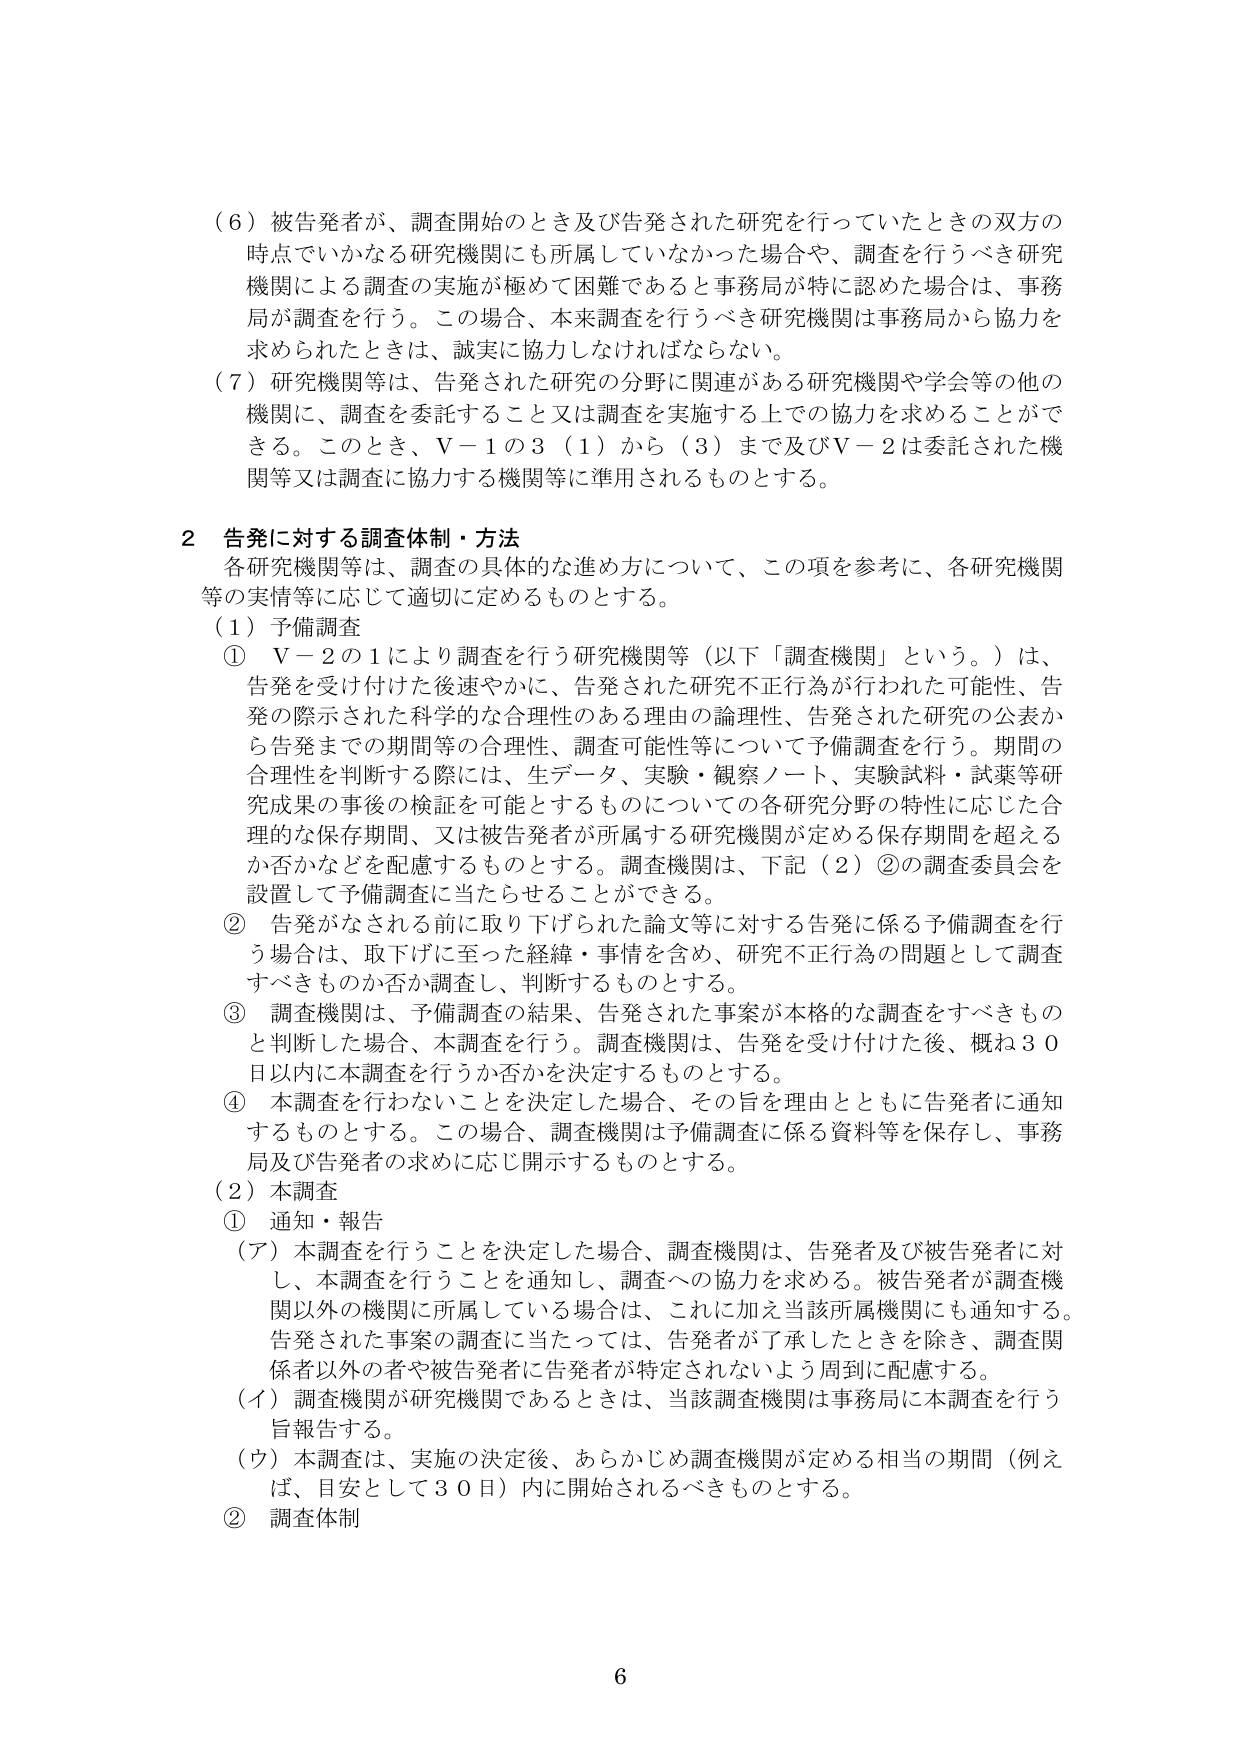
（６）被告発者が、調査開始のとき及び告発された研究を行っていたときの双方の時点でいかなる研究機関にも所属していなかった場合や、調査を行うべき研究機関による調査の実施が極めて困難であると事務局が特に認めた場合は、事務局が調査を行う。この場合、本来調査を行うべき研究機関は事務局から協力を求められたときは、誠実に協力しなければならない。

（７）研究機関等は、告発された研究の分野に関連がある研究機関や学会等の他の機関に、調査を委託すること又は調査を実施する上での協力を求めることができる。このとき、Ｖ－１の３（１）から（３）まで及びＶ－２は委託された機関等又は調査に協力する機関等に準用されるものとする。

２ 告発に対する調査体制・方法
各研究機関等は、調査の具体的な進め方について、この項を参考に、各研究機関等の実情等に応じて適切に定めるものとする。

（１）予備調査
① Ｖ－２の１により調査を行う研究機関等（以下「調査機関」という。）は、告発を受け付けた後速やかに、告発された研究不正行為が行われた可能性、告発の際示された科学的な合理性のある理由の論理性、告発された研究の公表から告発までの期間等の合理性、調査可能性等について予備調査を行う。期間の合理性を判断する際には、生データ、実験・観察ノート、実験試料・試薬等研究成果の事後の検証を可能とするものについての各研究分野の特性に応じた合理的な保存期間、又は被告発者が所属する研究機関が定める保存期間を超えるか否かなどを配慮するものとする。調査機関は、下記（２）②の調査委員会を設置して予備調査に当たらせることができる。
② 告発がなされる前に取り下げられた論文等に対する告発に係る予備調査を行う場合は、取り下げに至った経緯・事情を含め、研究不正行為の問題として調査すべきものか否か調査し、判断するものとする。
③ 調査機関は、予備調査の結果、告発された事案が本格的な調査をすべきものと判断した場合、本調査を行う。調査機関は、告発を受け付けた後、概ね３０日以内に本調査を行うか否かを決定するものとする。
④ 本調査を行わないことを決定した場合、その旨を理由とともに告発者に通知するものとする。この場合、調査機関は予備調査に係る資料等を保存し、事務局及び告発者の求めに応じ開示するものとする。

（２）本調査
① 通知・報告
（ア）本調査を行うことを決定した場合、調査機関は、告発者及び被告発者に対し、本調査を行うことを通知し、調査への協力を求める。被告発者が調査機関以外の機関に所属している場合は、これに加え当該所属機関にも通知する。告発された事案の調査に当たっては、告発者が了承したときを除き、調査関係者以外の者や被告発者に告発者が特定されないよう周到に配慮する。
（イ）調査機関が研究機関であるときは、当該調査機関は事務局に本調査を行う旨報告する。
（ウ）本調査は、実施の決定後、あらかじめ調査機関が定める相当の期間（例えば、目安として３０日）内に開始されるべきものとする。
② 調査体制

6